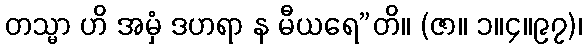
တသ္မာ ဟိ အမှံ ဒဟရာ န မီယရေ”တိ။ (ဇာ။ ၁။၄။၉၇)၊